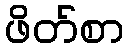
ဖိတ်စာ